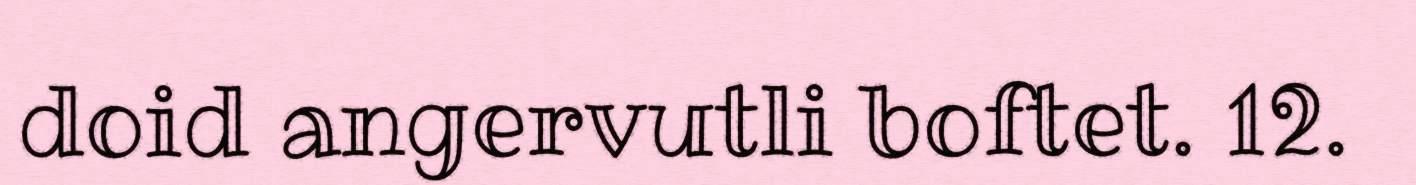
doid angervutli boftet. 12.